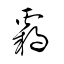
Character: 覇